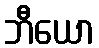
ဘီယော